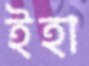
ইহা